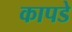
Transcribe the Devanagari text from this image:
कापडे